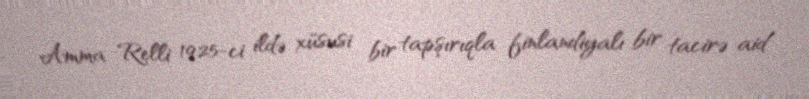
Amma Relli 1925-ci ildə xüsusi bir tapşırıqla finlandiyalı bir tacirə aid